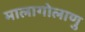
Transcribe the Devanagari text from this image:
मालागोलाणु